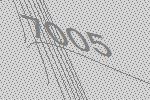
7005